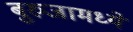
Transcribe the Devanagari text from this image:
बुरुजामध्ये